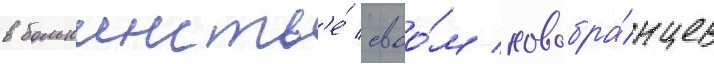
в большинств'е́ своо́м новобра́нцев